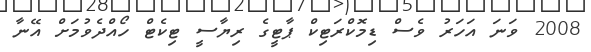
2008 ވަނަ އަހަރު ވެސް ޑިމޮކްރަޓިކް ޕާޓީގެ ރިޔާސީ ޓިކެޓް ހޯއްދެވުމަށް އޭނާ